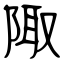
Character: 陬